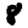
Digit: 8